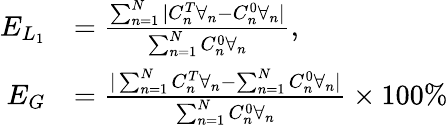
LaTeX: \begin{array}{rl}{E_{L_{1}}}&{=\frac{\sum_{n=1}^{N}|C_{n}^{T}\forall_{n}-C_{n}^{0}\forall_{n}|}{\sum_{n=1}^{N}C_{n}^{0}\forall_{n}},}\\ {E_{G}}&{=\frac{|\sum_{n=1}^{N}C_{n}^{T}\forall_{n}-\sum_{n=1}^{N}C_{n}^{0}\forall_{n}|}{\sum_{n=1}^{N}C_{n}^{0}\forall_{n}}\times 100\% }\end{array}